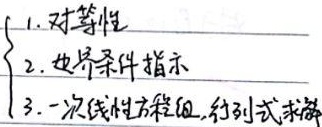
\begin{cases}
1. 对等性\\
2. 边界条件指示\\
3. 一次线性方程组，行列式求解
\end{cases}